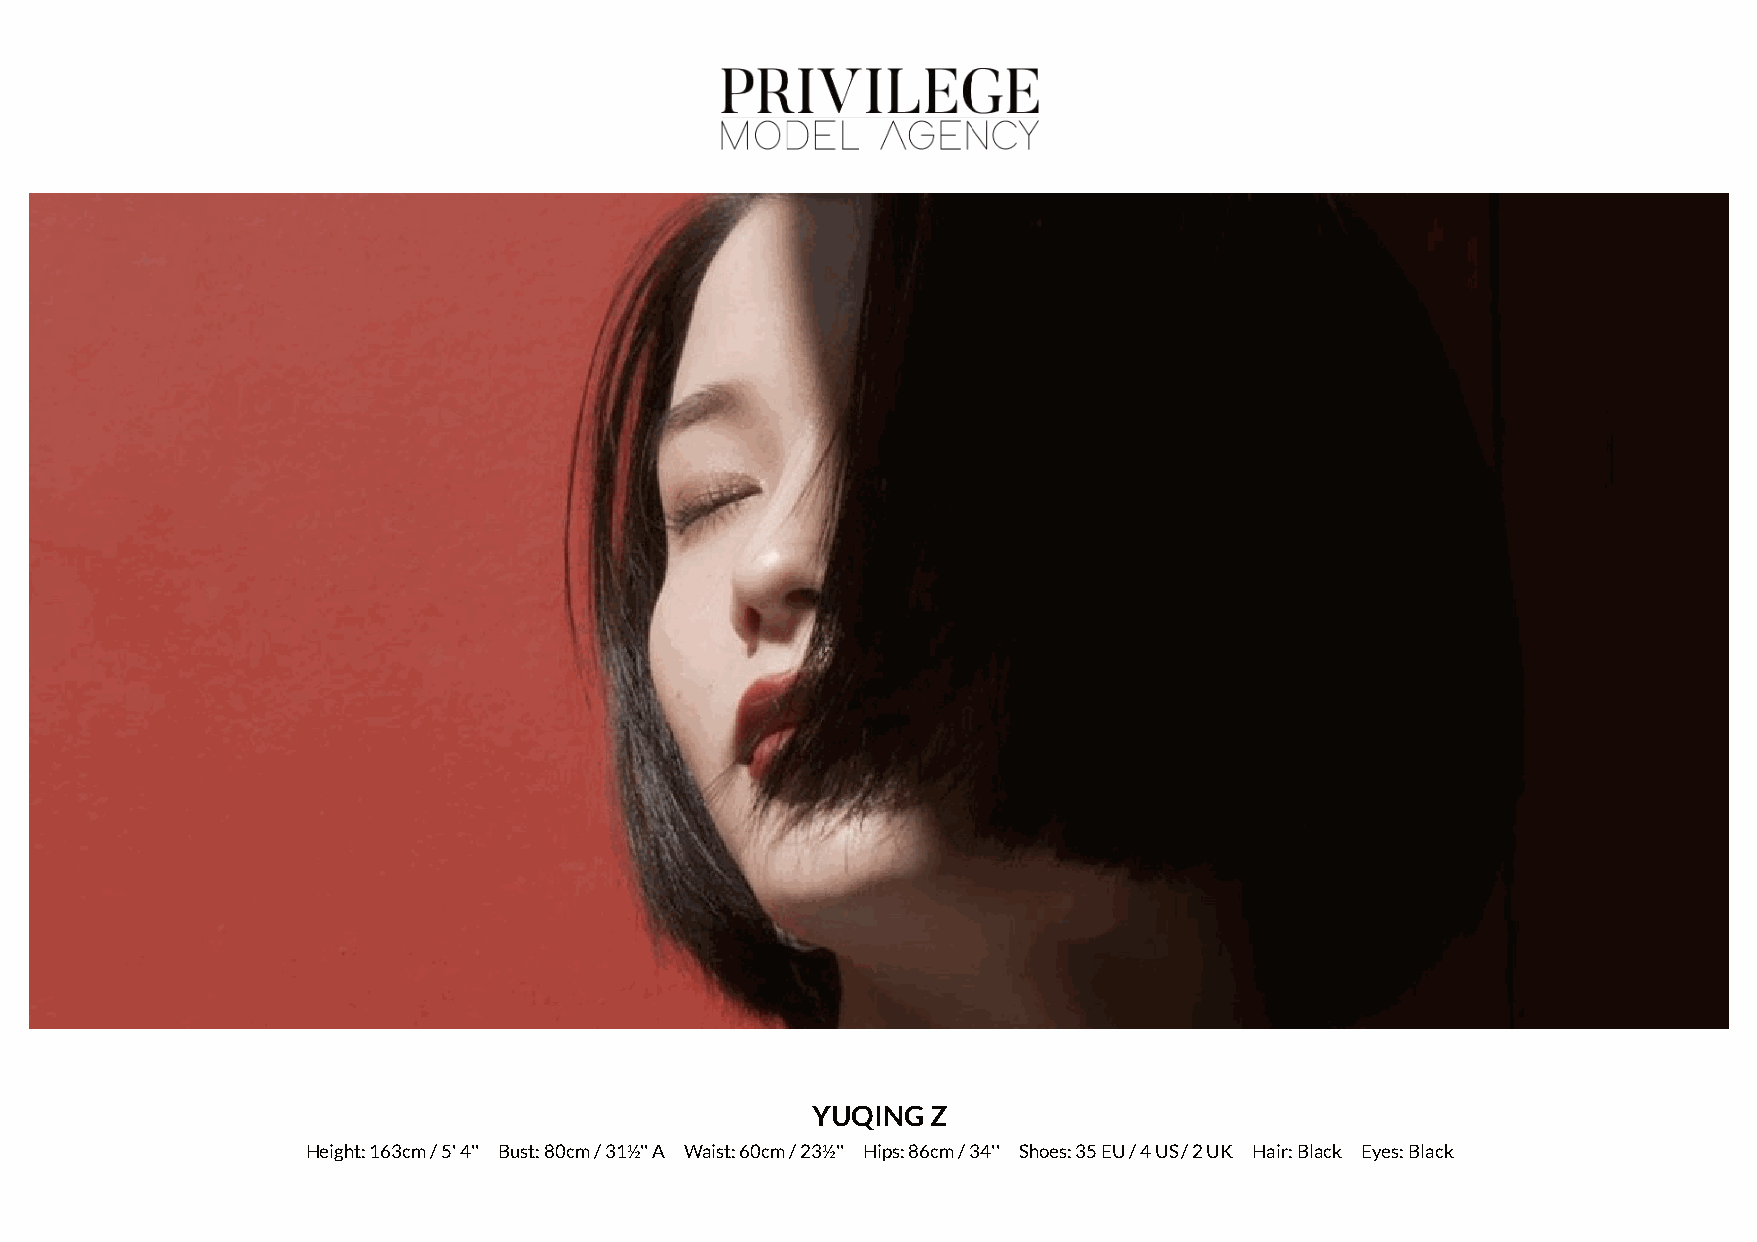
YUQING  Z
 Height: 163cm / 5' 4'' Bust: 80cm / 31½'' A Waist: 60cm / 23½'' Hips: 86cm / 34'' Shoes: 35 EU / 4 US / 2 UK Hair: Black Eyes: Black